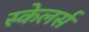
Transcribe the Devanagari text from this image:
स्केलर्स